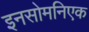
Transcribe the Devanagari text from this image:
इनसोमनिएक